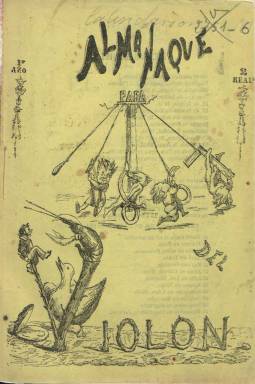
Título: Almanaque de El Violón
Otros títulos: Almanaque del Violón
Colección: Almanaques
Ámbito geográfico: Madrid
Lugar de publicación: Madrid
Fechas: 01/01/1867-31/12/1867

Este almanaque para 1867 es editado por el semanario “literario, instructivo y de recreo patriarcal, con mucho de picaruelo y bullanguero, y otro mucho de filósofo, a gusto del consumidor”, que, con el título El Violón había comenzado a publicarse el septiembre de 1866. Es un volumen de 32 páginas que incluye, además del calendario, fiestas movibles, santoral, efemérides, eclipses o curiosidades, textos de creación literaria, tanto en prosa como en verso, la mayor parte de ellos de carácter humorístico y festivo, acompañado también de un buen número de grabados, entre los que se encuentran los de humor gráfico y otros caricaturescos o de escenas costumbristas.

Entre los autores de sus textos aparecen los nombres de Antonio Ramiro, José González de Tejada (autor del artículo La lengua castellana), Melchor de Palau, Manuel María Fernández, José Mariano Vallejo, Rafael Serrano Alcázar, M.J. Quintana y Medina, F. Moreno y Godino, M. Segarra Balmaseda, J. Gualberto Ballestero, Alfonso E. Ollero, Narciso Serra, Eduardo Saco, Eduardo Malvar, A. Viedma, E. Quílez, y otros que firman con iniciales o seudónimo.

El semanario humorístico que da nombre al almanaque, que también incluía grabados y se autodefinía de “periódico foco-literario, amigo del bien y enemigo del mal; sus principios, después del cocido y antes de los postres”, estuvo apareciendo hasta principios de 1867, por lo que este almanaque debió ser el único que asimismo editó.